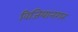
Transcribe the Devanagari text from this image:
विजियानगर